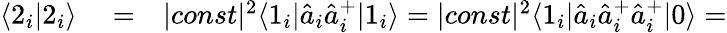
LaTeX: \begin{array}{rlr}{\langle 2_{i}|2_{i}\rangle}&{{}=}&{|const|^{2}\langle 1_{i}|\hat{a}_{i}\hat{a}_{i}^{+}|1_{i}\rangle=|const|^{2}\langle 1_{i}|\hat{a}_{i}\hat{a}_{i}^{+}\hat{a}_{i}^{+}|0\rangle=}\end{array}